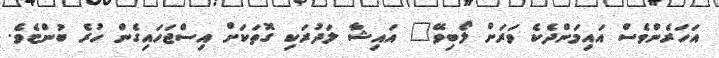
އަހަރެންވެސް އައިމަންދެކެ ވަރަށް ލޯބިވޭ" އައިޝާ ލަދުރަކި ގޮތަކަށް އިސްޖަހައިގެން ހުރެ ބުންޏެވެ.